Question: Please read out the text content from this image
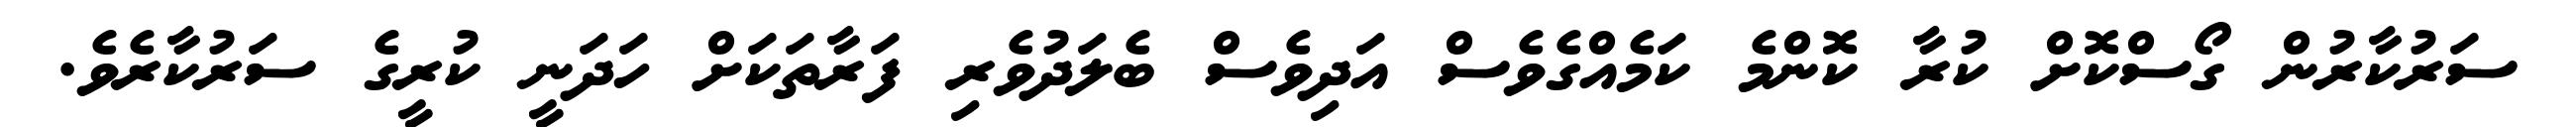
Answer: ސަރުކާރުން ގޯސްކޮށް ކުރާ ކޮންމެ ކަމެއްގެވެސް އަދިވެސް ބެލަދުވެރި ފަރާތަކަށް ހަދަނީ ކުރީގެ ސަރުކާރެވެ.